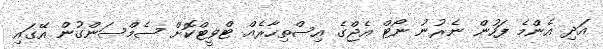
އަދި އެންމެ ފަހުން ނެރުނު ނޯޓް އެޖްގެ އިސްތިހާރެއް ޓްވީޓްކޮށް ސެމްސަންގުން އޭގައި